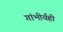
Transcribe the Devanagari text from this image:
गांभीर्यही